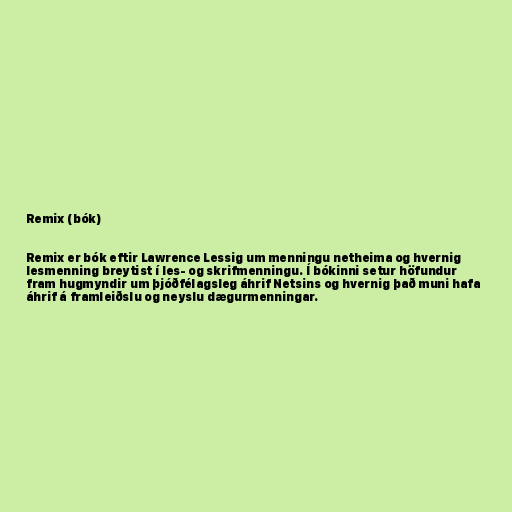
Remix (bók)

Remix er bók eftir Lawrence Lessig um menningu netheima og hvernig
lesmenning breytist í les- og skrifmenningu. Í bókinni setur höfundur
fram hugmyndir um þjóðfélagsleg áhrif Netsins og hvernig það muni hafa
áhrif á framleiðslu og neyslu dægurmenningar.